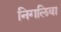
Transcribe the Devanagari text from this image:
निगलिवा